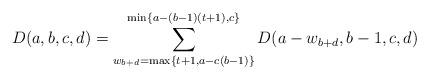
LaTeX: \begin{align*} D(a,b,c,d) = \sum_{w_{b+d}=\max\left\{t+1,a-c(b-1)\right\}}^{\min\left\{a-(b-1)(t+1),c\right\}} D(a-w_{b+d},b-1,c,d) \end{align*}